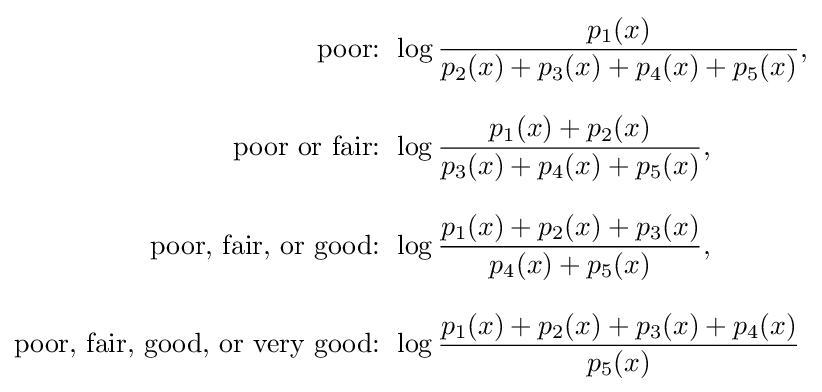
{\begin{aligned}{\text{poor: }}&\log {\frac {p_{1}(x)}{p_{2}(x)+p_{3}(x)+p_{4}(x)+p_{5}(x)}},\\[8pt]{\text{poor or fair: }}&\log {\frac {p_{1}(x)+p_{2}(x)}{p_{3}(x)+p_{4}(x)+p_{5}(x)}},\\[8pt]{\text{poor, fair, or good: }}&\log {\frac {p_{1}(x)+p_{2}(x)+p_{3}(x)}{p_{4}(x)+p_{5}(x)}},\\[8pt]{\text{poor, fair, good, or very good: }}&\log {\frac {p_{1}(x)+p_{2}(x)+p_{3}(x)+p_{4}(x)}{p_{5}(x)}}\end{aligned}}